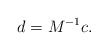
\begin{align*}d=M^{-1}c.\end{align*}